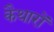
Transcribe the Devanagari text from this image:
कैथारों